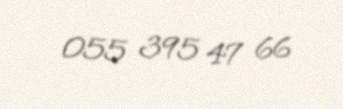
055 395 47 66